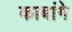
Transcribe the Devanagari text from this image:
काबांगे